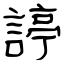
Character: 諪